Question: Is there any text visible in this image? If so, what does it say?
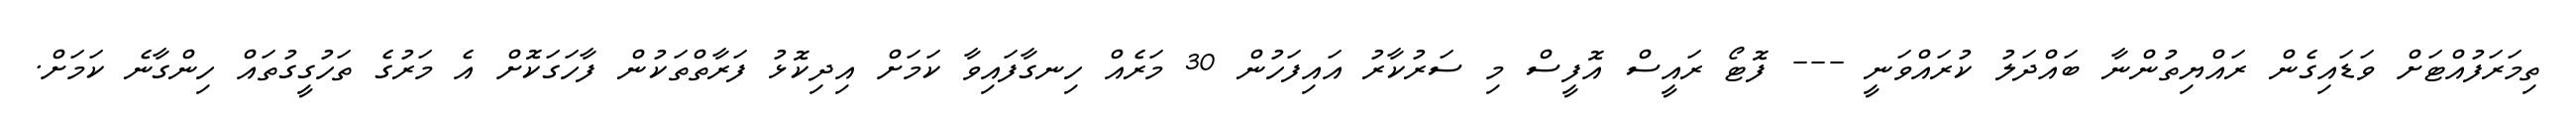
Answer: ތިމަރަފުއްޓަށް ވަޑައިގެން ރައްޔިތުންނާ ބައްދަލު ކުރައްވަނީ --- ފޮޓޯ ރައީސް އޮފީސް މި ސަރުކާރު އައިފަހުން 30 މަރެއް ހިނގާފައިވާ ކަމަށް އިދިކޮޅު ފަރާތްތަކުން ފާހަގަކޮށް އެ މަރުގެ ތަހުގީގުތައް ހިންގާނެ ކަމަށް.